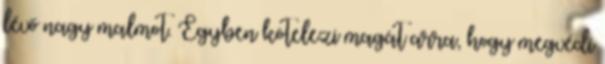
lévő nagy malmot. Egyben kötelezi magát arra, hogy megvédi